Annual report of the Imperial Bacteriologist
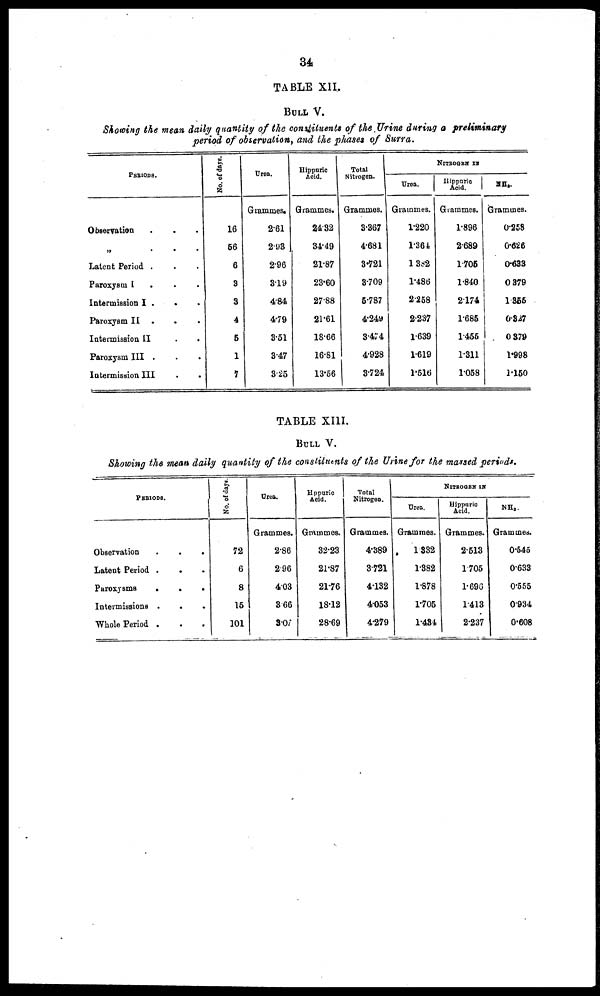
34
TABLE XII.
BULL V.
Showing the mean daily quantity of the constituents of the Urine during a preliminary
period of observation, and the phases of Surra.
PERIODS.
Observation
„
.
.
Latent Period . . .
Paroxysm I
. . .
Intermission I . . .
Paroxysm II . . .
Intermission II . .
Paroxysm III . . .
Intermission III . .
No of days.
16
56
6
3
3
4
5
1
7
Urea.
Grammes.
2.61
2.93
2.96
3.19
4.84
4.79
3.51
3.47
3.25
Hippuric
Acid.
Grammes.
24.32
34.49
21.87
23.60
27.88
21.61
18.66
16.81
13.56
Total
Nitrogen.
Grammes.
3.367
4.681
3.721
3.709
5.787
4.249
3.474
4.928
3.724
NITROGEN IN
Urea.
Grammes.
1.220
1.364
1.382
1.486
2.258
2.237
1.639
1.619
1.516
Hippuric
Acid.
Grammes.
1.896
2.689
1.705
1.840
2.174
1.685
1.455
1.311
1.058
NH 3 .
Grammes.
0.258
0.626
0.633
0.379
1.355
0.327
0.379
1.998
1.150
TABLE XIII.
BULL V.
Showing the mean daily quantity of the constituents of the Urine for the massed periods.
PERIODS.
Observation
.
.
.
Latent Period .
. .
Paroxysms
.
.
.
Intermissions . . .
Whole Period .
.
.
No. of days.
72
6
8
15
101
Urea.
Grammes.
2.86
2.96
4.03
3.66
3.07
Hppuric
Acid.
Grammes.
32.23
21.87
21.76
18.12
28.69
Total
Nitrogen.
Grammes.
4.389
3.721
4.132
4.053
4.279
NITROGEN IN
Urea.
Grammes.
1.332
1.382
1.878
1.705
1.434
Hippuric
Acid.
Grammes.
2.513
1.705
1.696
1.413
2.237
NH 3 .
Grammes.
0.545
0.633
0.555
0.934
0.608